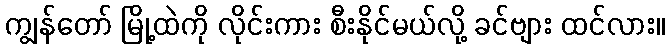
ကျွန်တော် မြို့ထဲကို လိုင်းကား စီးနိုင်မယ်လို့ ခင်ဗျား ထင်လား။